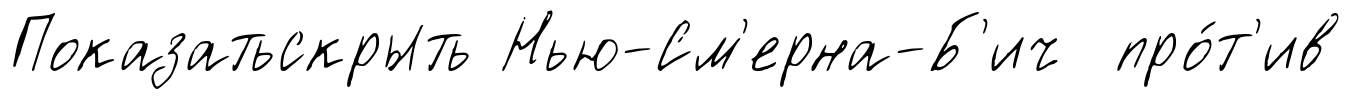
Показатьскрыть Нью-См'ерна-Б'ич про́т'ив